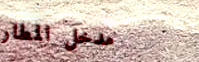
مدخل المطار